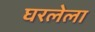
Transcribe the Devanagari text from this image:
घरलेला